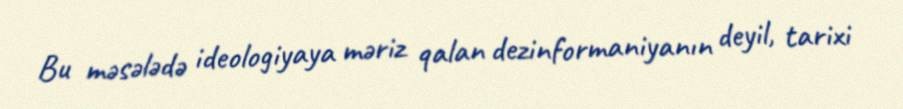
Bu məsələdə ideologiyaya məriz qalan dezinformaniyanın deyil, tarixi